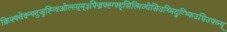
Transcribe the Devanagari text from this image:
क्रिफ्फ्वेक्न्फ्द्जुह्ग्विओल्स्ग्र्म्३फ्ज्निफ्ह्ग्फ्ह्सित्मिज्धेसिउथ्मिदुग्भ्फिउघिउफ्व्न्य्